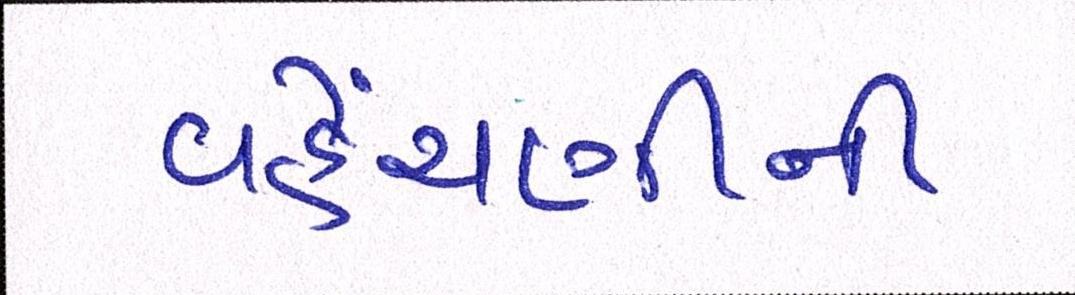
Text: વહેંચણીની